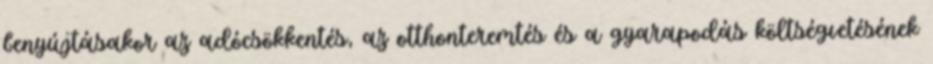
benyújtásakor az adócsökkentés, az otthonteremtés és a gyarapodás költségvetésének